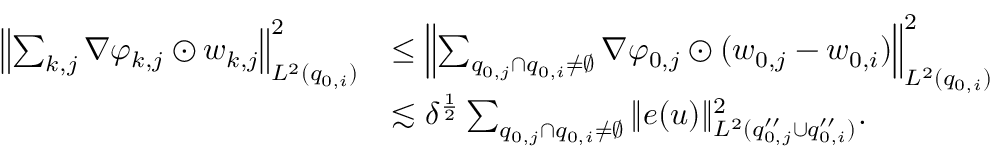
\begin{array} { r l } { \left\| \sum _ { k , j } \nabla \varphi _ { k , j } \odot w _ { k , j } \right\| _ { L ^ { 2 } ( q _ { 0 , i } ) } ^ { 2 } } & { \le \left\| \sum _ { q _ { 0 , j } \cap q _ { 0 , i } \neq \emptyset } \nabla \varphi _ { 0 , j } \odot ( w _ { 0 , j } - w _ { 0 , i } ) \right\| _ { L ^ { 2 } ( q _ { 0 , i } ) } ^ { 2 } } \\ & { \lesssim \delta ^ { \frac { 1 } { 2 } } \sum _ { q _ { 0 , j } \cap q _ { 0 , i } \neq \emptyset } \| e ( u ) \| _ { L ^ { 2 } ( q _ { 0 , j } ^ { \prime \prime } \cup q _ { 0 , i } ^ { \prime \prime } ) } ^ { 2 } . } \end{array}